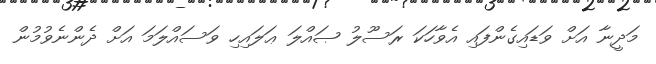
މަދީނާ އަށް ވަޑައިގެންފައި އެވާހަކަ ރަސޫލު ޞައްލަ ޢަލައިހި ވަސައްލަމަ އަށް ދެންނެވުމުން